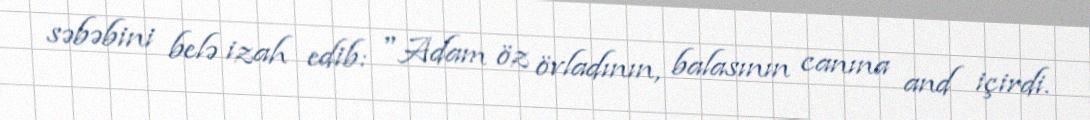
səbəbini belə izah edib: "Adam öz övladının, balasının canına and içirdi.